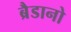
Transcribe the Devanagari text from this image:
ब्रैडानो